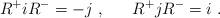
LaTeX: \begin{align*}R^+iR^- = - j ~, ~~~~~ R^+jR^- = i~.\end{align*}